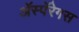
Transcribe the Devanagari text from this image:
ॲस्पॅरेगस